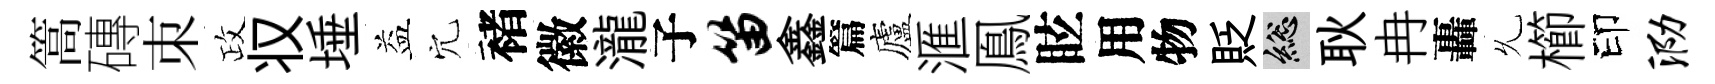
篙磚朿政𠬧埵益穴褚徽瀧子笛鑫篇廬滙鳯眩用物貶總耿冉轟𠃔櫛印泐